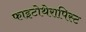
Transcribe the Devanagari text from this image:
फाइटोथेरापिस्ट